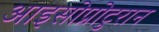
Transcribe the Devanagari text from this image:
आइसोप्रोटुरान